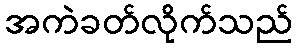
အကဲခတ်လိုက်သည်